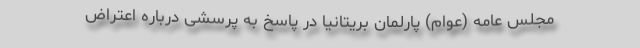
مجلس عامه (عوام) پارلمان بریتانیا در پاسخ به پرسشی درباره اعتراض